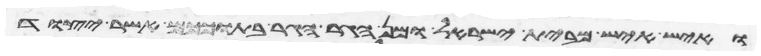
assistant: ואיש איש מבית ישראל ומן הגר הגר בתוככם אשר יצוד